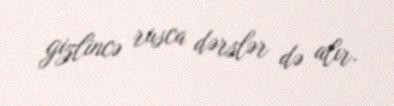
gizlincə rusca dərslər də alır.